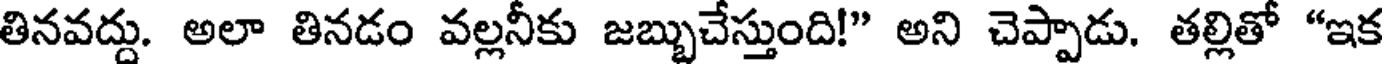
తినవద్దు. అలా తినడం వల్లనీకు జబ్బుచేస్తుంది!" అని చెప్పాడు. తల్లితో "ఇక